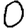
Digit: 0